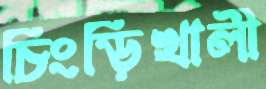
চিংড়িখালী